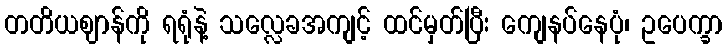
တတိယဈာန်ကို ရရုံနဲ့ သလ္လေခအကျင့် ထင်မှတ်ပြီး ကျေနပ်နေပုံ၊ ဥပေက္ခာ